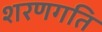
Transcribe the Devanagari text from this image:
शरणगति